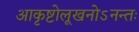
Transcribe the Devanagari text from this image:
आकृष्टोलूखनोऽनन्तः